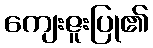
ကျေးဇူးပြု၏